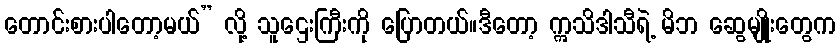
တောင်းစားပါတော့မယ်” လို့ သူဌေးကြီးကို ပြောတယ်။ဒီတော့ ဣသိဒါသီရဲ့ မိဘ ဆွေမျိုးတွေက